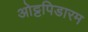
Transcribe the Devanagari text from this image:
ओट्टपिडारम